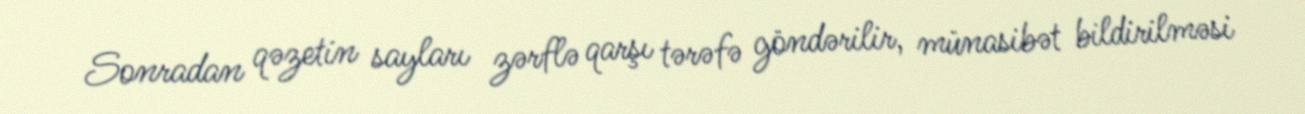
Sonradan qəzetin sayları zərflə qarşı tərəfə göndərilir, münasibət bildirilməsi